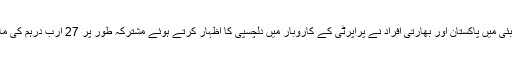
دبئی لینڈ ڈپارٹمنٹ کی جانب سے جاری کردہ اعداد وشمار کے مطابق گزشتہ 18 ماہ کے دوران دبئی میں پاکستان اور بھارتی افراد نے پراپرٹی کے کاروبار میں دلچسپی کا اظہار کرتے ہوئے مشترکہ طور پر 27 ارب درہم کی مالیت کی سرمایہ کاری کی جو کہ اماراتی سرمایہ کاروں کے بعد سب سے بڑی سرمایہ کاری ہے۔